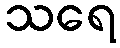
သရေ